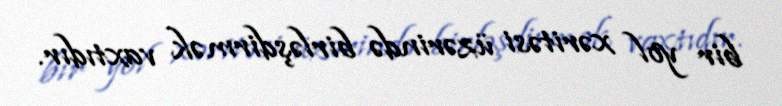
bir yol xəritəsi üzərində birləşdirmək vaxtıdır.